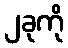
၂ခုကို